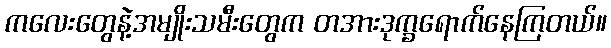
ကလေးတွေနဲ့အမျိုးသမီးတွေက တအားဒုက္ခရောက်နေကြတယ်။